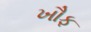
ખૌફ